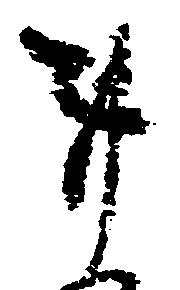
事